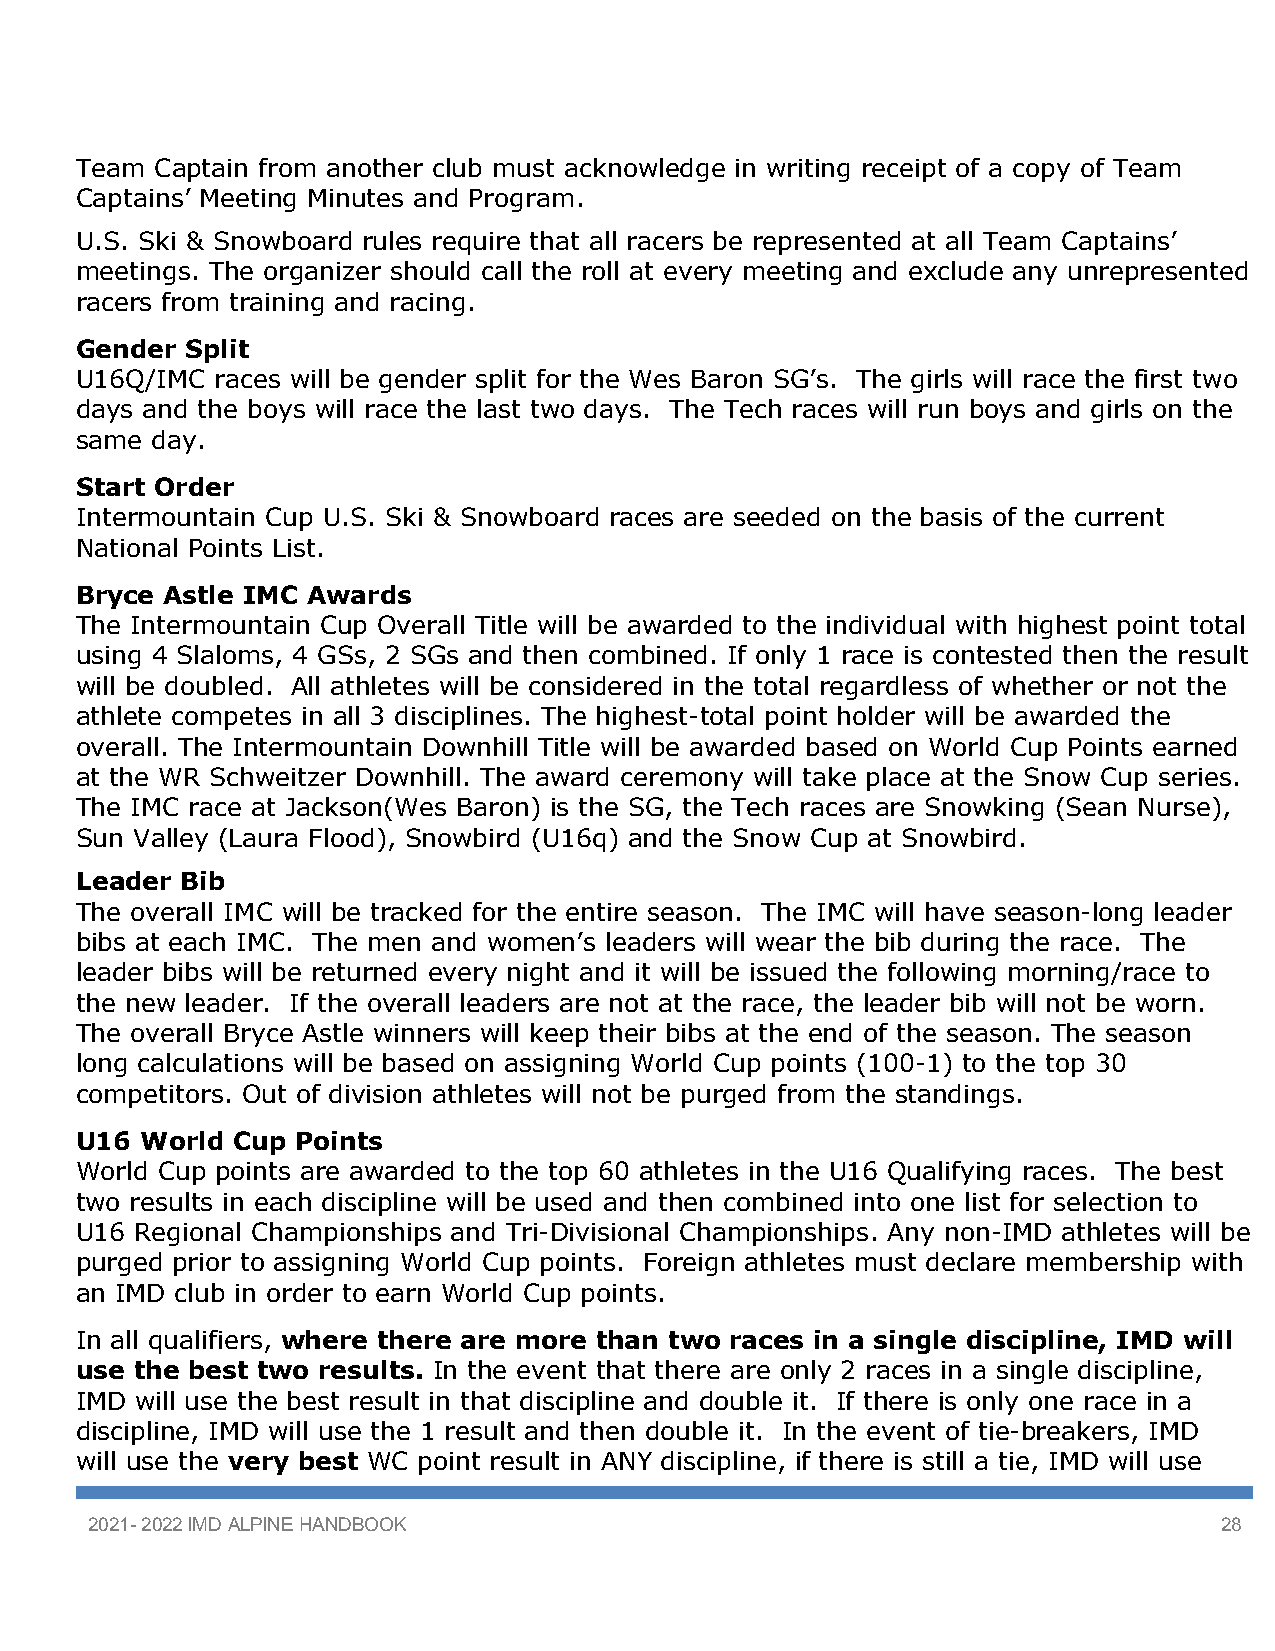
Team Captain from another club must acknowledge in writing receipt of a copy of Team
 Captains’ Meeting Minutes and Program.
 U.S. Ski & Snowboard rules require that all racers be represented at all Team Captains’
 meetings. The organizer should call the roll at every meeting and exclude any unrepresented
 racers from training and racing.
 Gender Split
 U16Q/IMC races will be gender split for the Wes Baron SG’s. The girls will race the first two
 days and the boys will race the last two days. The Tech races will run boys and girls on the
 same day.
 Start Order
 Intermountain Cup U.S. Ski & Snowboard races are seeded on the basis of the current
 National Points List.
 Bryce Astle IMC Awards
 The Intermountain Cup Overall Title will be awarded to the individual with highest point total
 using 4 Slaloms, 4 GSs, 2 SGs and then combined. If only 1 race is contested then the result
 will be doubled. All athletes will be considered in the total regardless of whether or not the
 athlete competes in all 3 disciplines. The highest-total point holder will be awarded the
 overall. The Intermountain Downhill Title will be awarded based on World Cup Points earned
 at the WR Schweitzer Downhill. The award ceremony will take place at the Snow Cup series.
 The IMC race at Jackson(Wes Baron) is the SG, the Tech races are Snowking (Sean Nurse),
 Sun Valley (Laura Flood), Snowbird (U16q) and the Snow Cup at Snowbird.
 Leader Bib
 The overall IMC will be tracked for the entire season. The IMC will have season-long leader
 bibs at each IMC. The men and women’s leaders will wear the bib during the race. The
 leader bibs will be returned every night and it will be issued the following morning/race to
 the new leader. If the overall leaders are not at the race, the leader bib will not be worn.
 The overall Bryce Astle winners will keep their bibs at the end of the season. The season
 long calculations will be based on assigning World Cup points (100-1) to the top 30
 competitors. Out of division athletes will not be purged from the standings.
 U16 World Cup  Points
 World Cup points are awarded to the top 60 athletes in the U16 Qualifying races. The best
 two results in each discipline will be used and then combined into one list for selection to
 U16 Regional Championships and Tri-Divisional Championships. Any non-IMD athletes will be
 purged prior to assigning World Cup points. Foreign athletes must declare membership with
 an IMD club in order to earn World Cup points.
 In all qualifiers, where there are more than two races in a single discipline, IMD will
 use the best two results. In the event that there are only 2 races in a single discipline,
 IMD will use the best result in that discipline and double it. If there is only one race in a
 discipline, IMD will use the 1 result and then double it. In the event of tie-breakers, IMD
 will use the very best WC point result in ANY discipline, if there is still a tie, IMD will use
 2021- 2022 IMD ALPINE HANDBOOK                                             28